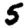
Digit: 5